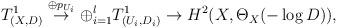
LaTeX: \begin{align*}T^1_{(X,D)} \stackrel{\oplus p_{U_i}}{\rightarrow} \oplus_{i=1}^l T^1_{(U_i,D_i)} \rightarrow H^2(X, \Theta_X(- \log D)), \end{align*}